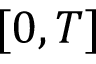
[ 0 , T ]